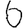
Digit: 6